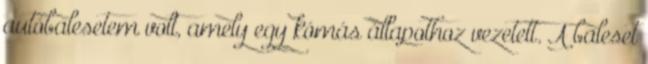
autóbalesetem volt, amely egy kómás állapothoz vezetett. A baleset